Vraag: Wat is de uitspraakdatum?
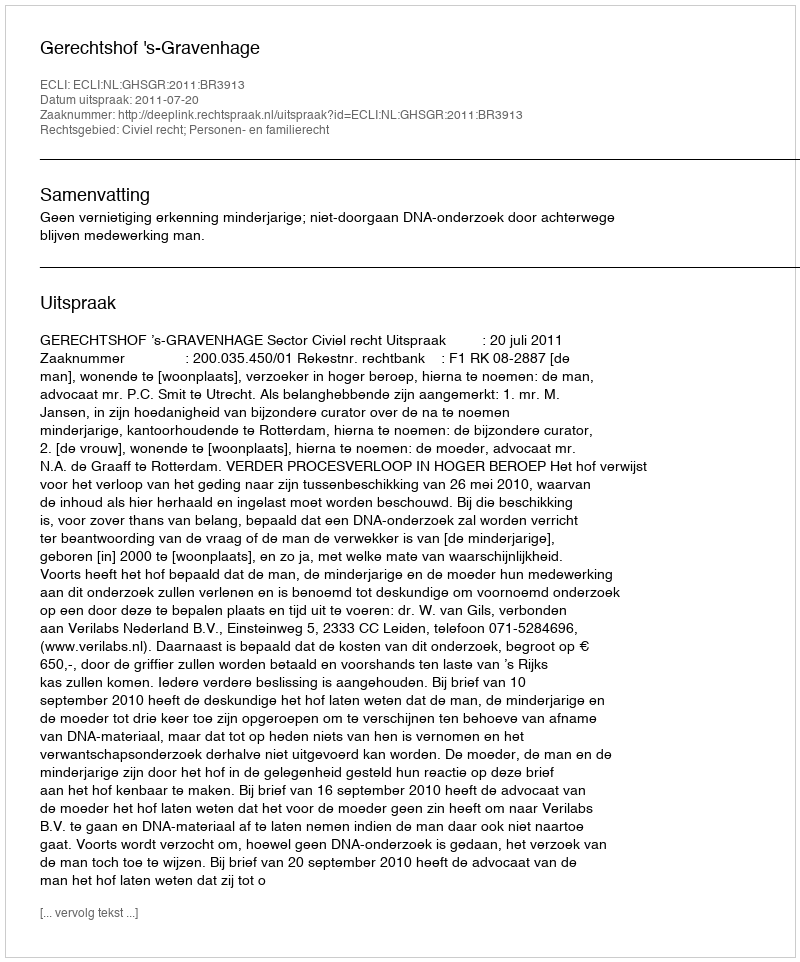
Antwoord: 2011-07-20